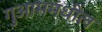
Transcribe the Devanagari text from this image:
गुआममधील